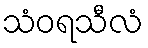
သံဝရသီလံ